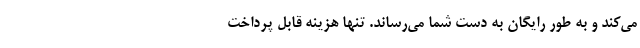
می‌کند و به طور رایگان به دست شما می‌رساند. تنها هزینه قابل پرداخت